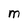
Character: M